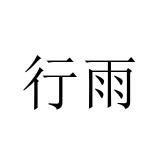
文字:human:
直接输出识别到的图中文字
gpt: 行雨